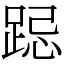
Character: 跽